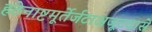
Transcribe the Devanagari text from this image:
हठेनाष्टमूर्तेर्जटाअजूटवासे